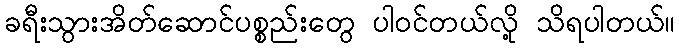
ခရီးသွားအိတ်ဆောင်ပစ္စည်းတွေ ပါဝင်တယ်လို့ သိရပါတယ်။